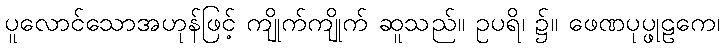
ပူလောင်သောအဟုန်ဖြင့် ကျိုက်ကျိုက် ဆူသည်။ ဥပရိ၊ ၌။ ဖေဏပုပ္ဖုဠကေ၊